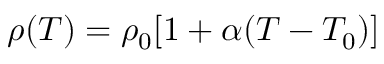
\rho ( T ) = \rho _ { 0 } [ 1 + \alpha ( T - T _ { 0 } ) ]